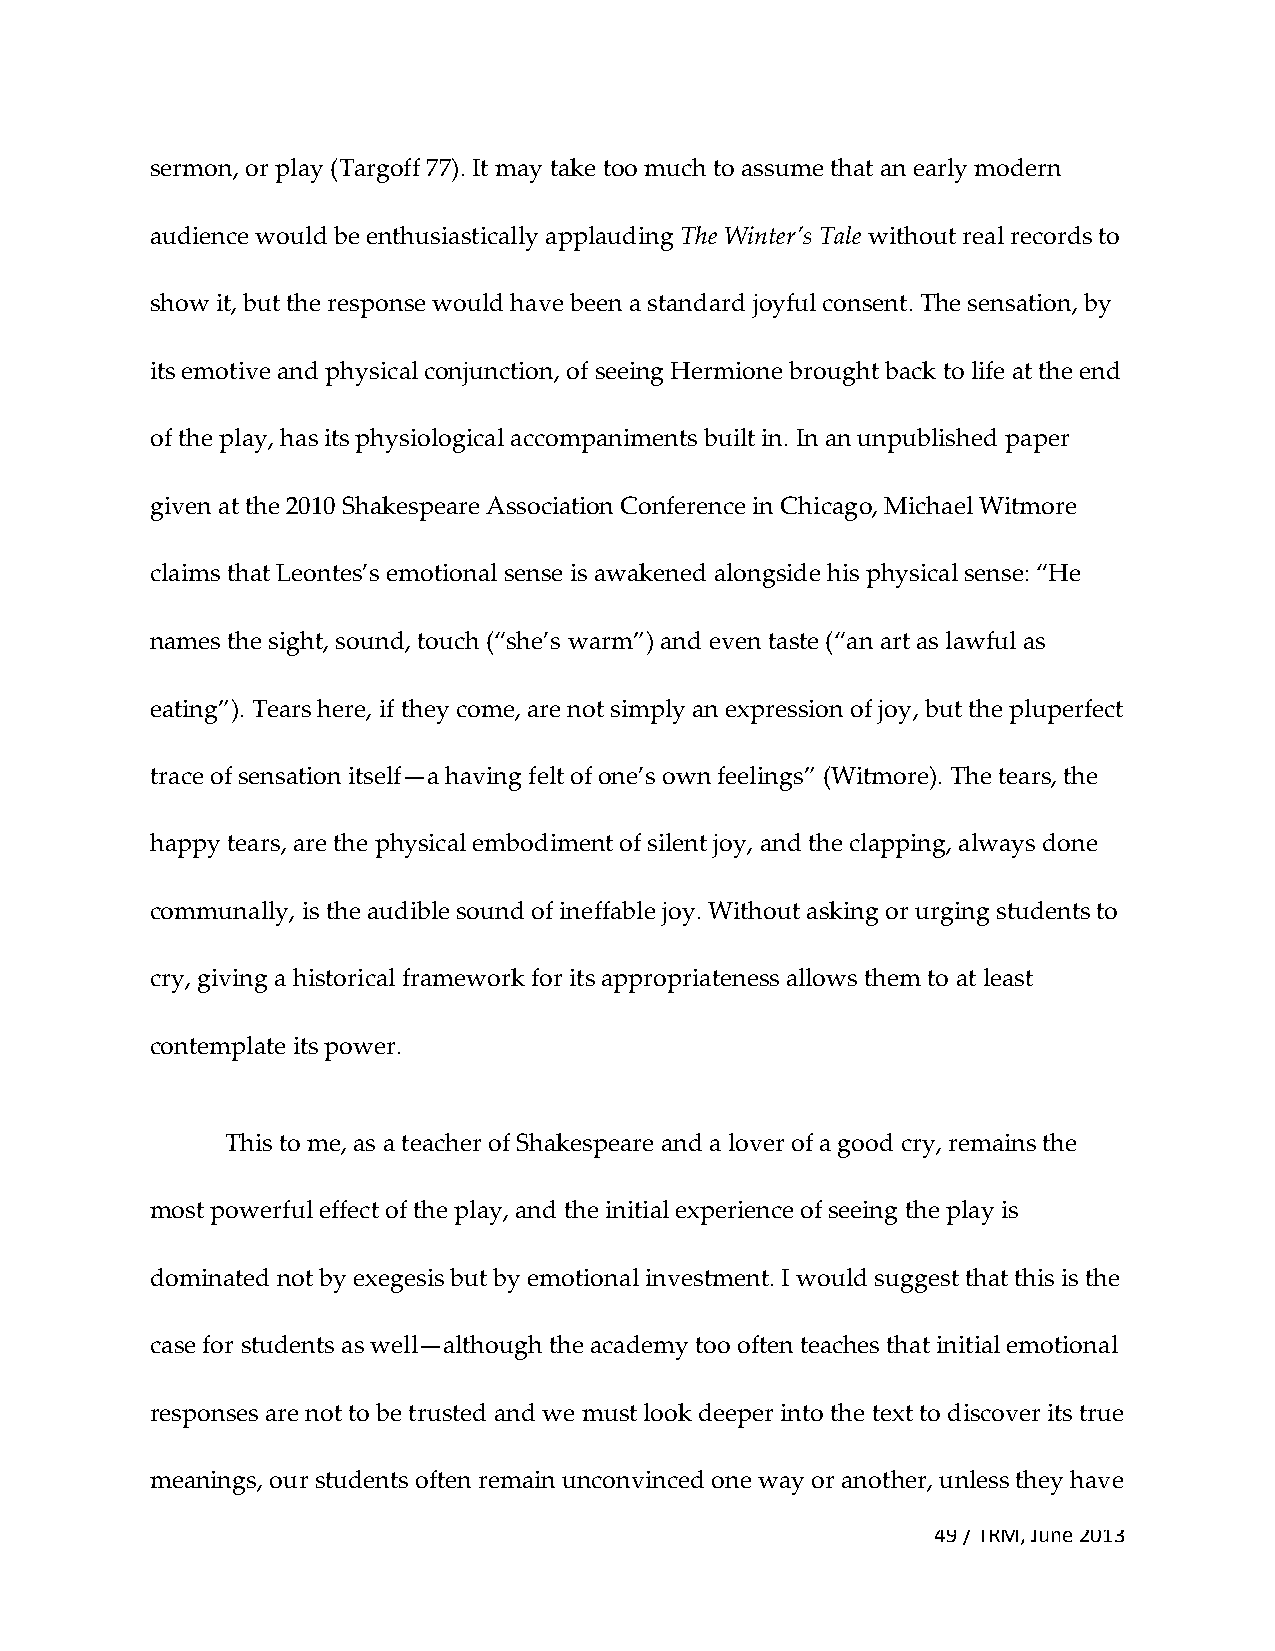
sermon, or play (Targoff 77). It may take too much to assume that an early modern
 audience would be enthusiastically applauding The Winter’s Tale without real records to
 show it, but the response would have been a standard joyful consent. The sensation, by
 its emotive and physical conjunction, of seeing Hermione brought back to life at the end
 of the play, has its physiological accompaniments built in. In an unpublished paper
 given at the 2010 Shakespeare Association Conference in Chicago, Michael Witmore
 claims that Leontes’s emotional sense is awakened alongside his physical sense: “He
 names the sight, sound, touch (“she’s warm”) and even taste (“an art as lawful as
 eating”). Tears here, if they come, are not simply an expression of joy, but the pluperfect
 trace of sensation itself—a having felt of one’s own feelings” (Witmore). The tears, the
 happy tears, are the physical embodiment of silent joy, and the clapping, always done
 communally, is the audible sound of ineffable joy. Without asking or urging students to
 cry, giving a historical framework for its appropriateness allows them to at least
 contemplate its power.
 This to me, as a teacher of Shakespeare and a lover of a good cry, remains the
 most powerful effect of the play, and the initial experience of seeing the play is
 dominated not by exegesis but by emotional investment. I would suggest that this is the
 case for students as well—although the academy too often teaches that initial emotional
 responses are not to be trusted and we must look deeper into the text to discover its true
 meanings, our students often remain unconvinced one way or another, unless they have
 49 / TRM, June 2013